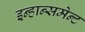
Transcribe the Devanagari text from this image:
इन्हान्समेन्ट